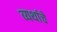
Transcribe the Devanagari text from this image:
व्यथांचे